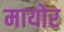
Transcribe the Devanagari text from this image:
मायोर